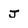
Character: j